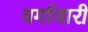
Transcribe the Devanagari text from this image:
वर्गावारी